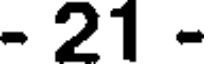
- 21 -